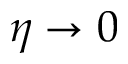
\eta \to 0